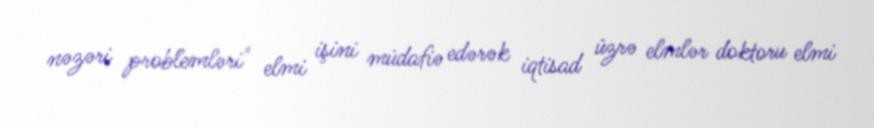
nəzəri problemləri" elmi işini müdafiə edərək iqtisad üzrə elmlər doktoru elmi